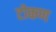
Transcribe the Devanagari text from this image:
टोकण